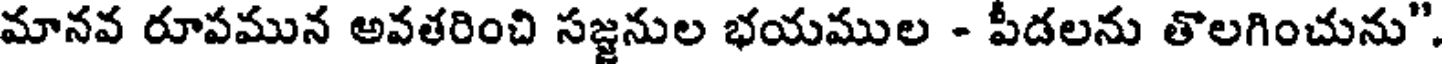
మానవ రూపమున అవతరించి సజ్జనుల భయముల - పీదలను తొలగించును".